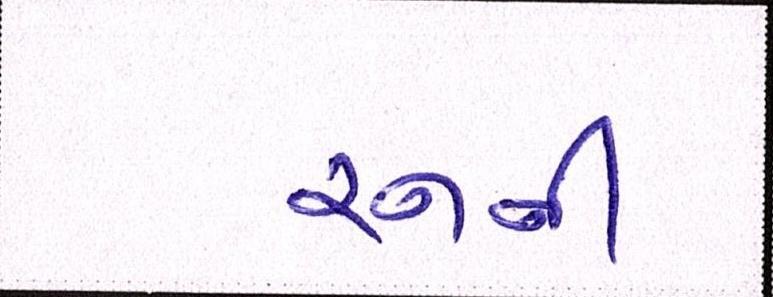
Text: રનની